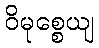
ဝိမုစ္စေယျ